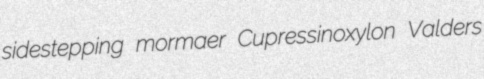
sidestepping mormaer Cupressinoxylon Valders